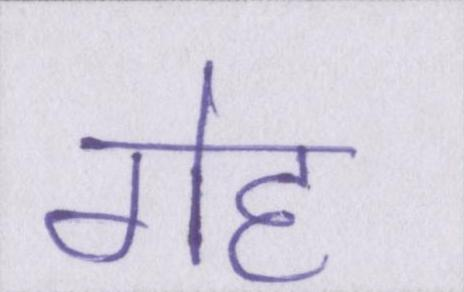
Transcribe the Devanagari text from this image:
गेह